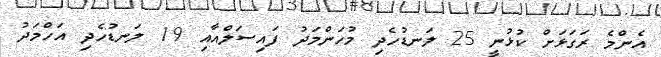
އެންމެ ރަގަޅަށް ކުޅުނީ 25 ލަނޑުހެދި މުހަންމަދު ފައިސަލްއާއި 19 ލަނޑުހެދި އަހްމަދު